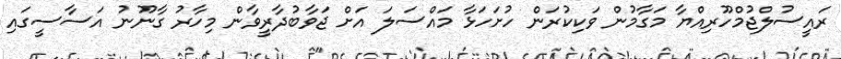
ރައީސުލްޖުމްހޫރިއްޔާ މަގާމުން ވަކިކުރަން ހުށަހަޅާ މައްސަލަ އަށް ޖަވާބުދާރީވާން މިހާރު ގާނޫނު އަސާސީގައި